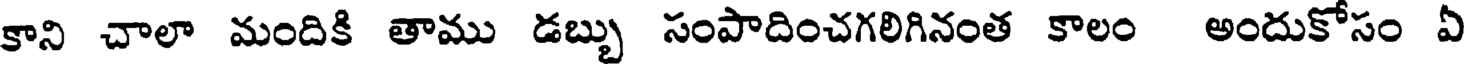
కాని చాలా మందికి తాము డబ్బు సంపాదించగలిగినంత కాలం అందుకోసం ఏ